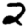
Digit: 2